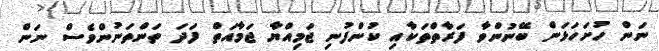
ނަން ހުށަހަޅަން ބޭނުންވާ ފަރާތްތަކާއި ކުންފުނި ޖަމިއްޔާ ޖަމާއަތް ފަދަ ތަންތަނުންވެސް ނަން